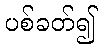
ပစ်ခတ်၍